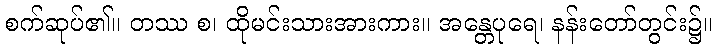
စက်ဆုပ်၏။ တဿ စ၊ ထိုမင်းသားအားကား။ အန္တေပုရေ၊ နန်းတော်တွင်း၌။